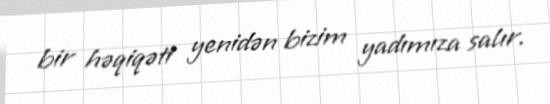
bir həqiqəti yenidən bizim yadımıza salır.